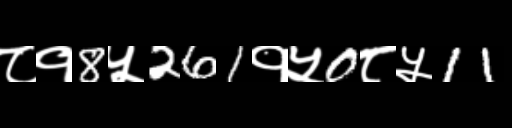
Text: ८१8५261१५0८५11